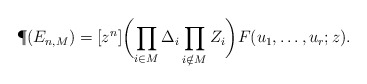
\begin{align*} \P(E_{n,M})=[z^n]\biggl(\prod_{i\in M}\Delta_i\prod_{i\notin M}Z_i\biggr) F(u_1,\ldots, u_r; z).\end{align*}